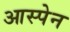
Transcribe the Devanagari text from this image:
आस्पेन